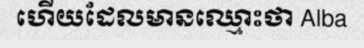
ហើយដែលមានឈ្មោះថា Alba